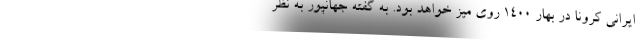
ایرانی کرونا در بهار 1400 روی میز خواهد بود. به گفته جهانپور به نظر